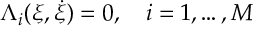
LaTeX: \Lambda _ { i } ( \xi , \dot { \xi } ) = 0 , \quad i = 1 , \dots , M